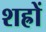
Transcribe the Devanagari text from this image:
शह्रों